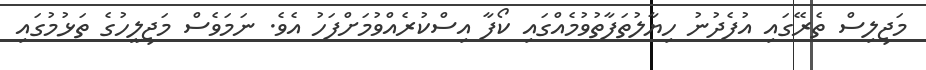
މަޖިލިސް ތެރޭގައި އުފެދުނު ހިޔާލުތަފާތުވުމެއްގައި ކޯފާ އިސްކުރެއްވުމަށްފަހު އެވެ. ނަމަވެސް މަޖިލީހުގެ ތަޅުމުގައި